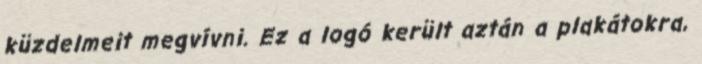
küzdelmeit megvívni. Ez a logó került aztán a plakátokra,